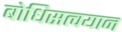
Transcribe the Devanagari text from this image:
बोधिसत्वयान